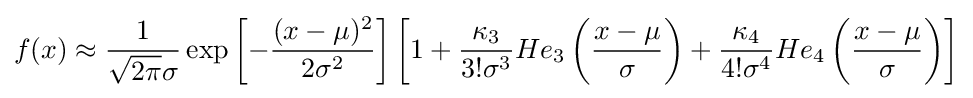
f(x)\approx {\frac {1}{{\sqrt {2\pi }}\sigma }}\exp \left[-{\frac {(x-\mu )^{2}}{2\sigma ^{2}}}\right]\left[1+{\frac {\kappa _{3}}{3!\sigma ^{3}}}He_{3}\left({\frac {x-\mu }{\sigma }}\right)+{\frac {\kappa _{4}}{4!\sigma ^{4}}}He_{4}\left({\frac {x-\mu }{\sigma }}\right)\right]